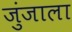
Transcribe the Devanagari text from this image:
जुंजाला